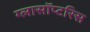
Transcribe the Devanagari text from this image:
ग्लासॉप्टरिस